Civil Veterinary Dept. North-West Frontier Province 1933-46 - 1933-1946
Year: 1933
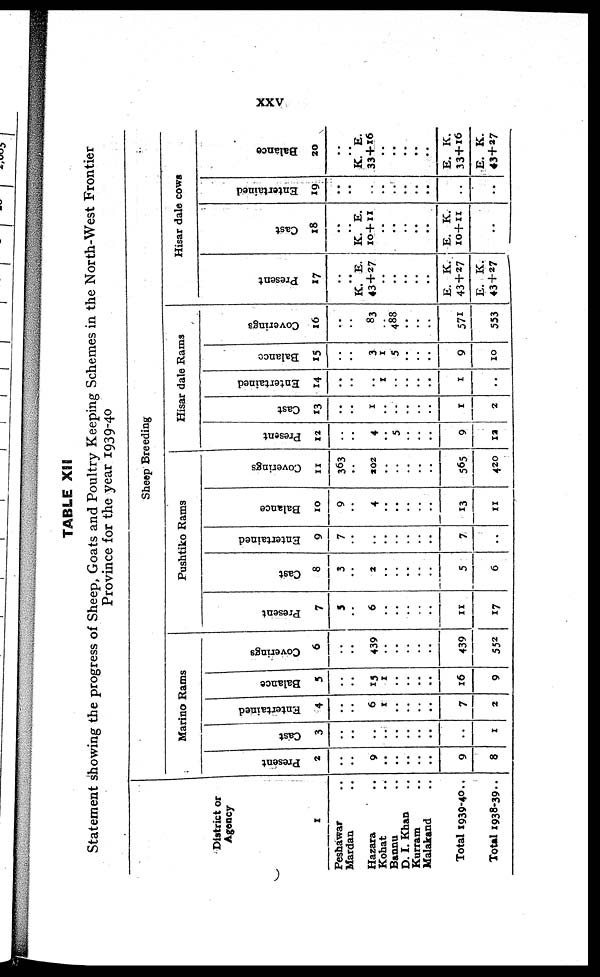
XXV
TABLE XII
Statement showing the progress of Sheep, Goats and Poultry Keeping Schemes in the North-West Frontier
Province for the year 1939-40
District or
Agency
1
Peshawar ..
Marden ..
Hazara ..
Kohat ..
Bannu ..
D. I. Khan ..
Kurram ..
Malakand ..
Total 1939-40..
Total 1938-39..
Sheep Breeding
Marino Rams
Present
2
..
..
9
..
..
..
..
..
9
8
Cast
3
..
..
..
..
..
..
..
..
..
1
Entertained
4
..
..
6
1
..
..
..
..
7
2
Balance
5
..
..
15
1
..
..
..
..
16
9
Coverings
6
..
..
439
..
..
..
..
..
439
552
Pushtiko Rams
Present
7
5
..
6
..
..
..
..
..
11
17
Cast
8
3
..
2
..
..
..
..
..
5
6
Entertained
9
7
..
..
..
..
..
..
..
7
..
Balance
10
9
..
4
..
..
..
..
..
13
11
Coverings
11
363
..
202
..
..
..
..
..
565
420
Hisar dale Rams
Present
12
..
..
4
..
5
..
..
..
9
12
Cast
13
..
..
1
..
..
..
..
..
1
2
Entertained
14
..
..
..
1
..
..
..
..
1
..
Balance
15
..
..
3
1
5
..
..
..
9
10
Coverings
16
..
..
83
..
488
..
..
..
571
553
Hisar dale cows
Present
17
..
..
K. E.
43 + 27
..
..
..
..
..
E. K.
43 + 27
E. K.
43 + 27
Cast
18
..
..
K. E.
10+11
..
..
..
..
..
E. K.
10+11
..
Entertained
19
..
..
..
..
..
..
..
..
..
..
Balance
20
..
..
K. E.
33+16
..
..
..
..
..
E. K.
33+16
E. K.
43 + 27